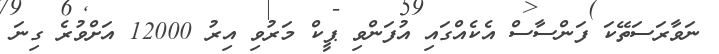
ނަވާރަސަތޭކަ ފަންސާސް އެކެއްގައި އުފަންވި ޕީކް މަރުވި އިރު 12000 އަށްވުރެ ގިނަ